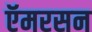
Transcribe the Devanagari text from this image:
ऍमरसन